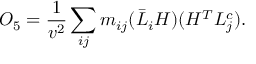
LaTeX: { \cal O } _ { 5 } = \frac { 1 } { v ^ { 2 } } \sum _ { i j } m _ { i j } ( \bar { L } _ { i } H ) ( H ^ { T } L _ { j } ^ { c } ) .